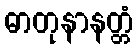
ဓာတုနာနတ္တံ